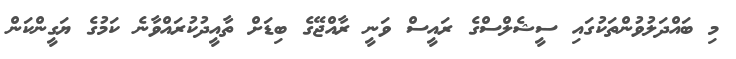
މި ބައްދަލުވުންތަކުގައި ސީޝެލްސްގެ ރައީސް ވަނީ ރާއްޖޭގެ ބިޑަށް ތާއީދުކުރައްވާނެ ކަމުގެ ޔަގީންކަން